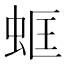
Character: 䖱